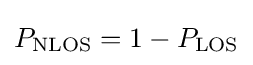
P_{\text{NLOS}}=1-P_{\text{LOS}}